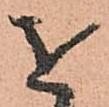
を